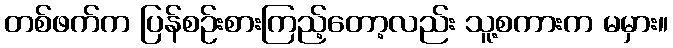
တစ်ဖက်က ပြန်စဉ်းစားကြည့်တော့လည်း သူ့စကားက မမှား။